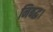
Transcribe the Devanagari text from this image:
निबद्ध।